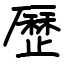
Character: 歷